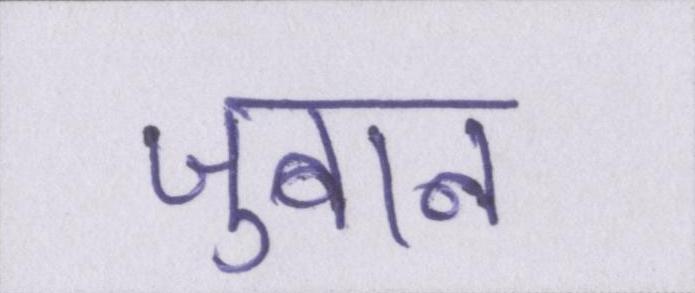
जुबान